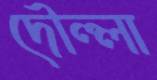
দৌল্লা